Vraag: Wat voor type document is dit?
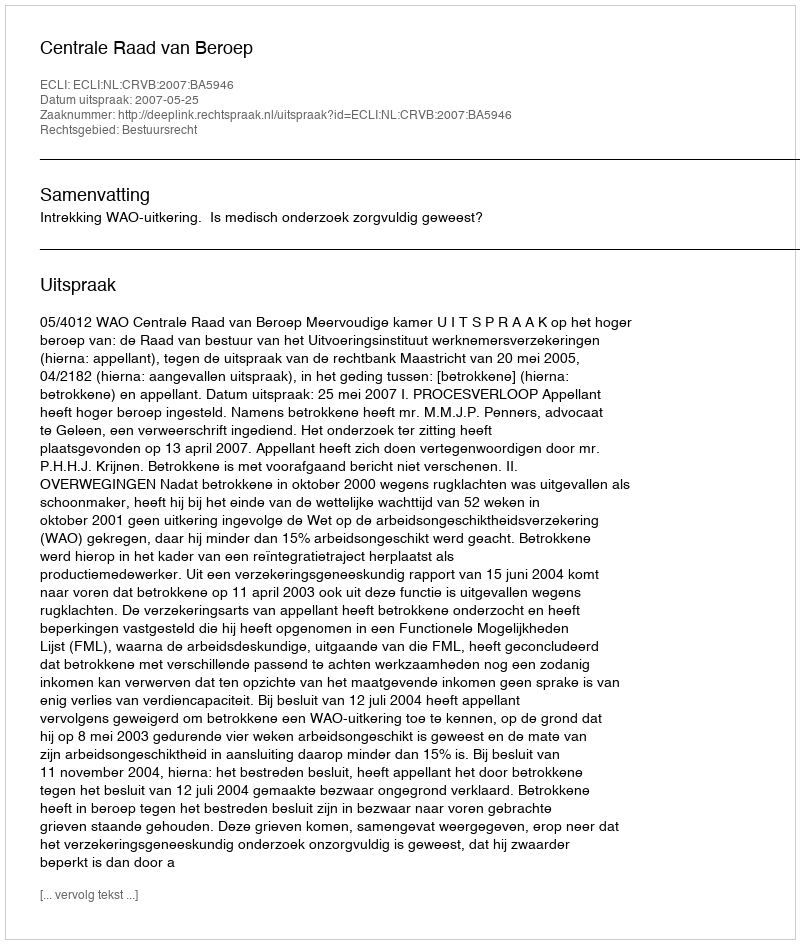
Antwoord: Uitspraak